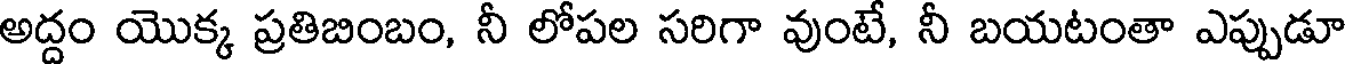
అద్దం యొక్క ప్రతిబింబం, నీ లోపల సరిగా వుంటే, నీ బయటంతా ఎప్పుడూ